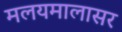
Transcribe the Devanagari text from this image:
मलयमालासर